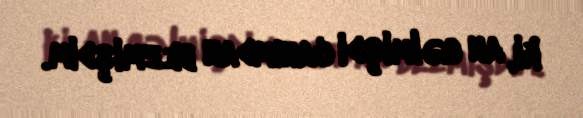
ki, an gəlmişdi canımdan bezmişdim.